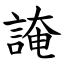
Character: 䛳